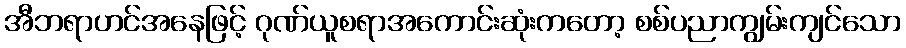
အီဘရာဟင်အနေဖြင့် ဂုဏ်ယူစရာအကောင်းဆုံးကတော့ စစ်ပညာကျွမ်းကျင်သော